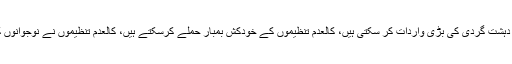
مراسلہ میں کہا گیا ہے کہ کراچی میں کالعدم تنظیمیں دہشت گردی کی بڑی واردات کر سکتی ہیں، کالعدم تنظیموں کے خودکش بمبار حملے کرسکتے ہیں، کالعدم تنظیموں نے نوجوانوں کو ذہن واش کرکے بمبار کے طور پر تیار کردیا ہے۔